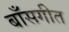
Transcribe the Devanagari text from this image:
बाँसगीत